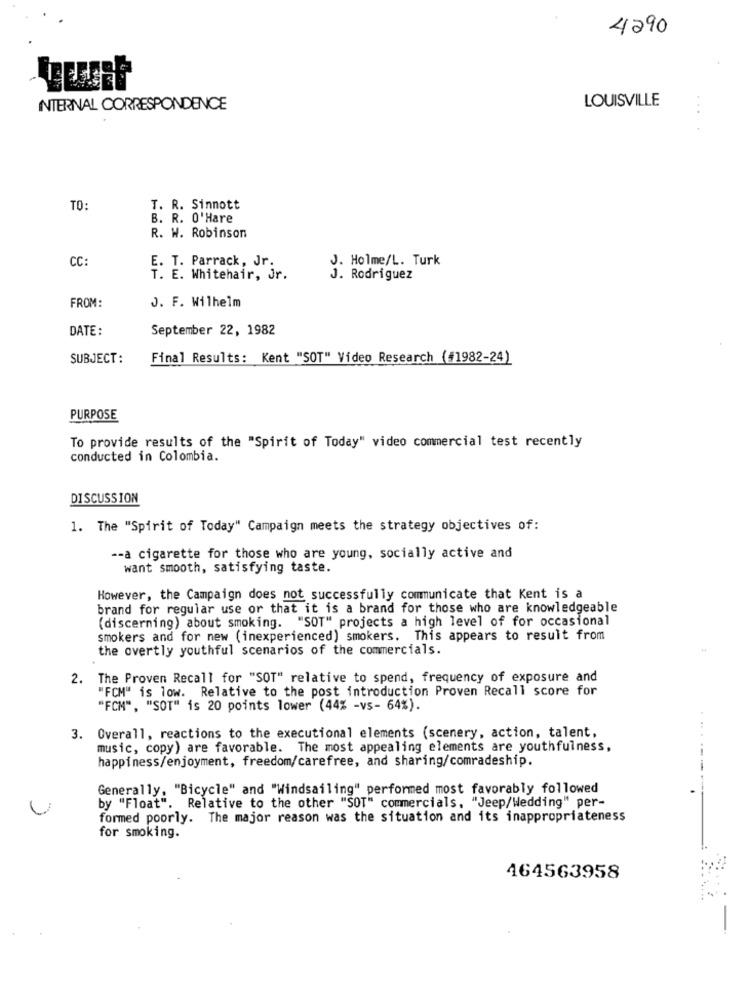
4290
LOUISVILLE
INTERNAL CORRESPONDENCE
TO:
T. R. Sinnott
B. R. O'Hare
R. W. Robinson
CC:
E. T. Parrack, Jr.
J. Holme/L. Turk
T. E. Whitehair, Jr.
J. Rodriguez
FROM:
J. F. Wilhelm
DATE :
September 22, 1982
SUBJECT:
Final Results: Kent "SOT" Video Research (#1982-24)
PURPOSE
To provide results of the "Spirit of Today" video commercial test recently
conducted in Colombia.
DISCUSSION
1. The "Spirit of Today" Campaign meets the strategy objectives of:
-- a cigarette for those who are young, socially active and
want smooth, satisfying taste.
However, the Campaign does not successfully communicate that Kent is a
brand for regular use or that it is a brand for those who are knowledgeable
(discerning) about smoking. "SOT" projects a high level of for occasional
smokers and for new (inexperienced) smokers. This appears to result from
the overtly youthful scenarios of the commercials.
2. The Proven Recall for "SOT" relative to spend, frequency of exposure and
"FCM" is low. Relative to the post introduction Proven Recall score for
"FCM", "SOT" is 20 points lower (44% -vs- 64%).
3. Overall, reactions to the executional elements (scenery, action, talent,
music, copy) are favorable. The most appealing elements are youthfulness,
happiness/enjoyment, freedom/carefree, and sharing/comradeship.
Generally, "Bicycle" and "Windsailing" performed most favorably followed
by "Float". Relative to the other "SOT" commercials, "Jeep/Wedding" per-
formed poorly. The major reason was the situation and its inappropriateness
for smoking.
464563958